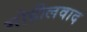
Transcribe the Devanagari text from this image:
गोहीलवाद